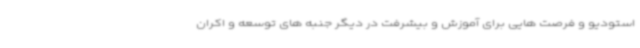
استودیو و فرصت هایی برای آموزش و بیشرفت در دیگر جنبه های توسعه و اکران